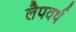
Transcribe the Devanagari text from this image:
लैपवर्थ